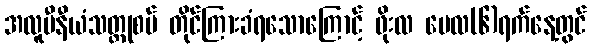
အလူမီနီယံသတ္တုစပ် တိုင်ကြားခံရသောကြောင့် ဖိုးလ မေလ(၆)ရက်နေ့တွင်